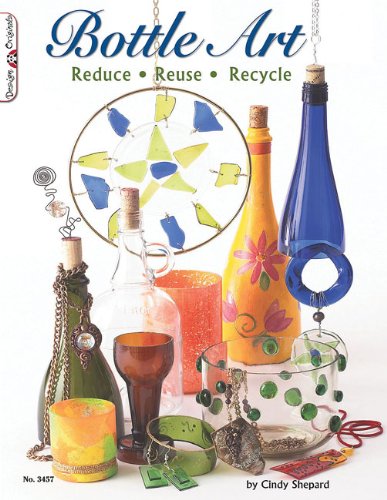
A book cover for Bottle Art: Dazzling Craft Projects from Upcycled Glass (Design Originals); Cindy Shepard; Crafts, Hobbies & Home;